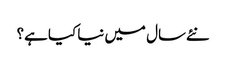
نئےسال میں نیا کیا ہے؟